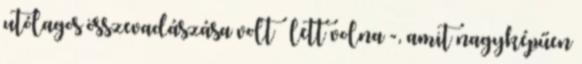
utólagos összevadászása volt – lett volna -, amit nagyképűen